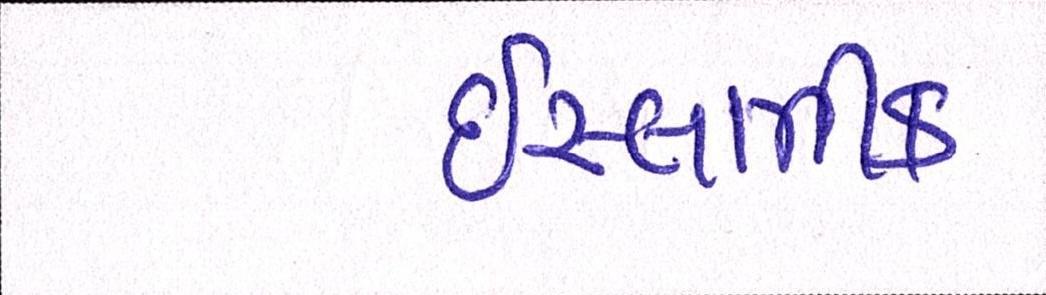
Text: ઈસ્લામીક